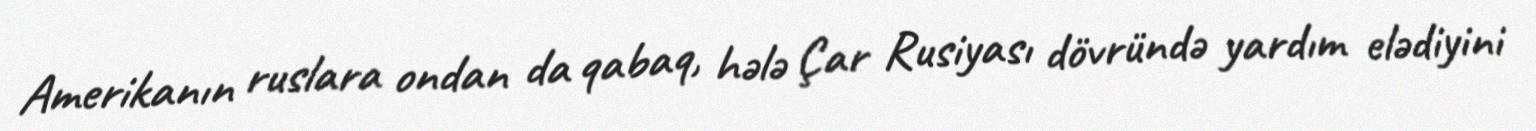
Amerikanın ruslara ondan da qabaq, hələ Çar Rusiyası dövründə yardım elədiyini